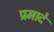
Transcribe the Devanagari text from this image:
प्रमादे